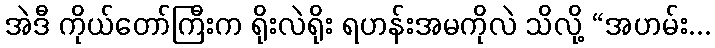
အဲဒီ ကိုယ်တော်ကြီးက ရိုးလဲရိုး ရဟန်းအမကိုလဲ သိလို့ “အဟမ်း...